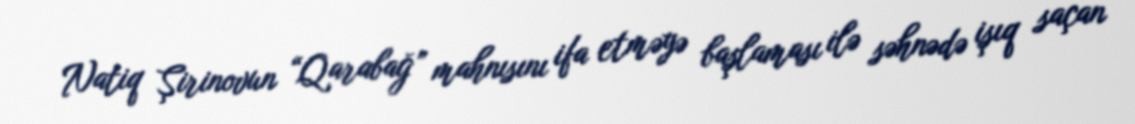
Natiq Şirinovun “Qarabağ” mahnısını ifa etməyə başlaması ilə səhnədə işıq saçan